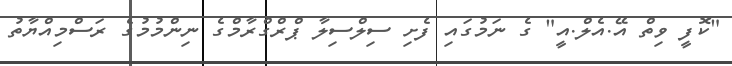
"ކޮފީ ވިތް އޭ.އެލް.އީ" ގެ ނަމުގައި ފެށި ސިލްސިލާ ޕްރްގްރާމްގެ ނިންމުމުގެ ރަސްމިއްޔާތު